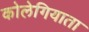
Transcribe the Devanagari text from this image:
कोलेगियाता